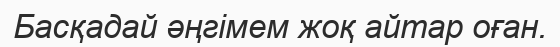
Басқадай әңгімем жоқ айтар оған.